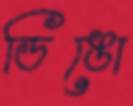
ডিঙো